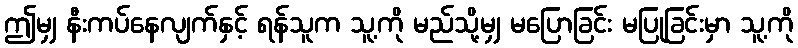
ဤမျှ နီးကပ်နေလျက်နှင့် ရန်သူက သူ့ကို မည်သို့မျှ မပြောခြင်း မပြုခြင်းမှာ သူ့ကို